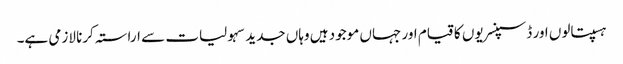
ہسپتالوں اور ڈسپنسریوں کا قیام اور جہاں موجود ہیں وہاں جدید سہولیات سے اراستہ کرنا لازمی ہے۔